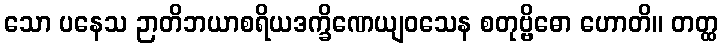
သော ပနေသ ဉာတိဘယာစရိယဒက္ခိဏေယျဝသေန စတုဗ္ဗိဓော ဟောတိ။ တတ္ထ